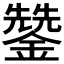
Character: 𮣄